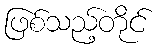
ဖြစ်သည့်တိုင်